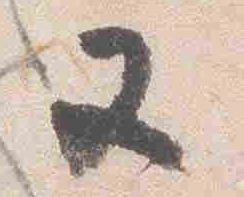
又